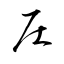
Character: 圧